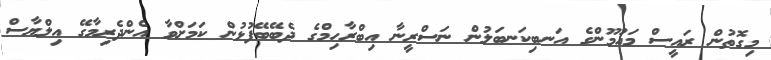
މިގޮތުން ރައީސް މައުމޫންގެ އަނބިކަނބަލުން ނަސްރީނާ އިބްރާހިމްގެ ދެބޭބޭފުޅުން ކަމަށްވާ އެންދެރިމާގޭ އިލްޔާސް